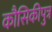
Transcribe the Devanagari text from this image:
कौसिकीपुत्र